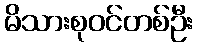
မိသားစုဝင်တစ်ဦး